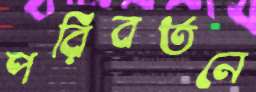
পরিবর্তনে